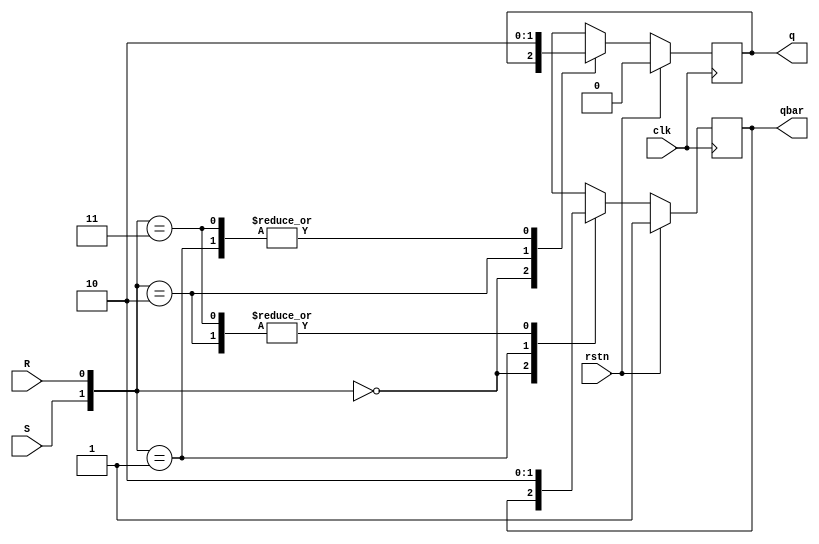
`timescale 1ns / 1ps
//////////////////////////////////////////////////////////////////////////////////
// Company: 
// Engineer: 
// 
// Design Name: 
// Module Name: SR_Flipflop
// Project Name: 
// Target Devices: 
// Tool Versions: 
// Description: 
// 
// Dependencies: 
// 
// Revision:
// Revision 0.01 - File Created
// Additional Comments:
// 
//////////////////////////////////////////////////////////////////////////////////


module SR_Flipflop(clk, rstn, S, R, q, qbar);
    input clk;
    input rstn;
    input S;
    input R;
    output reg q;
    output reg qbar;

 
  always @(posedge clk) begin
 
    if (rstn) begin
    q=1'b0;
    qbar=1'b1;
     
    end else begin
     
    case({S,R})
    {1'b0,1'b0}: begin q=q;qbar=qbar; end
    {1'b0,1'b1}: begin q=1'b0;qbar=1'b1; end
    {1'b1,1'b0}: begin q=1'b1;qbar=1'b0; end
    {1'b1,1'b1}: begin q=1'b0; qbar=1'b0; end
    endcase
 
    end
 
end
endmodule